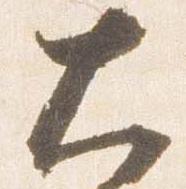
大